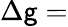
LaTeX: \Delta\mathsf{g}=